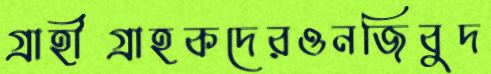
গ্রাহীগ্রাহকদেরওনজিবুদ